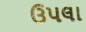
ઉપલા